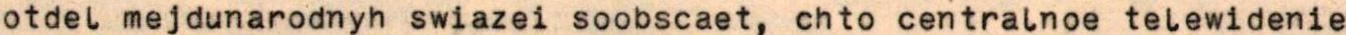
otdel mejdunarodnyh swiazei soobscaet, chto centralnoe telewidenie